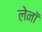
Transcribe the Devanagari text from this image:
लेनॉ